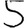
Digit: 5